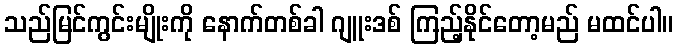
သည်မြင်ကွင်းမျိုးကို နောက်တစ်ခါ ဂျူးဒစ် ကြည့်နိုင်တော့မည် မထင်ပါ။